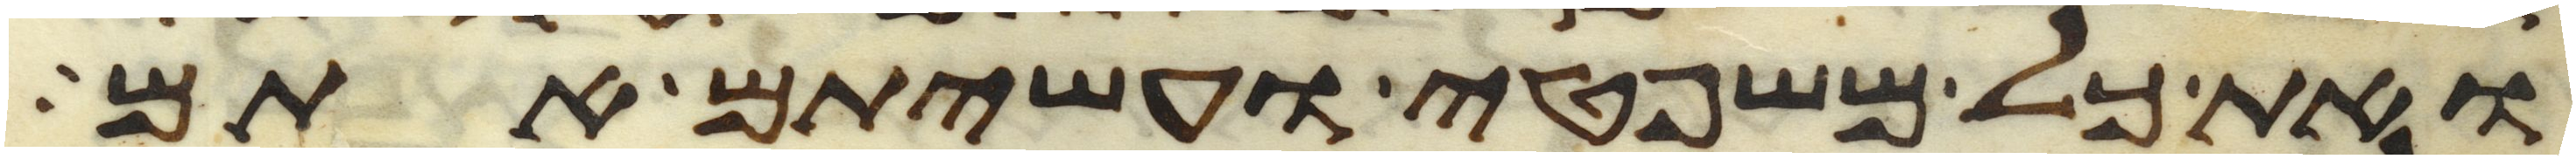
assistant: ואת כל משפטי ועשיתם אתם